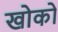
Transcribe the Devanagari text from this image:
खोको